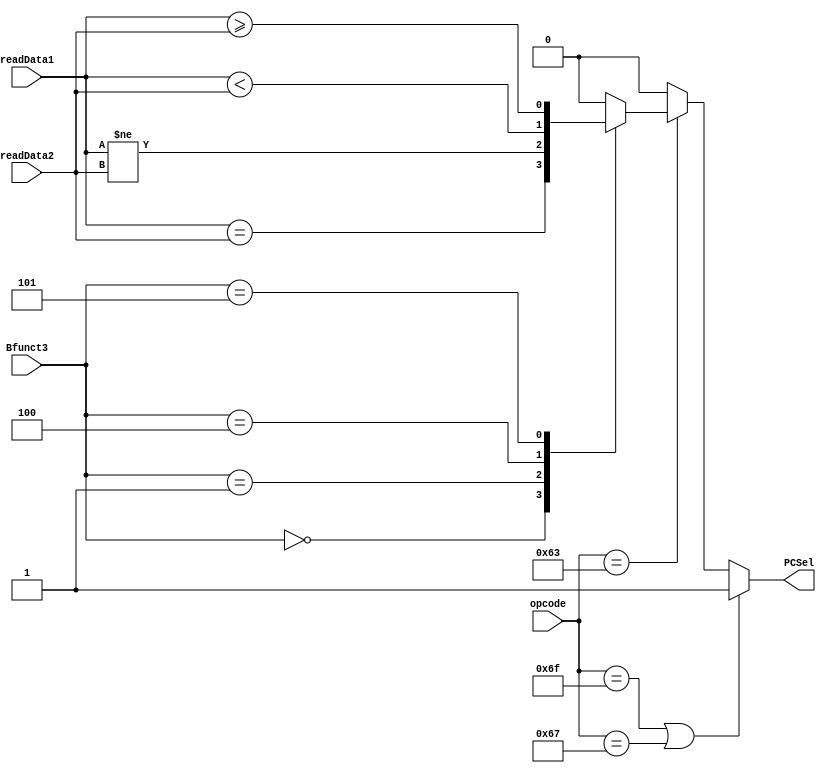
module BranchJump (
	input [6:0] opcode,
	input [2:0] Bfunct3,
	input signed [31:0] readData1,
	input signed [31:0] readData2,
	output reg PCSel
);

	always @(*) begin
		if (opcode == 7'b1101111 || // jal
			opcode == 7'b1100111)	// jalr
			PCSel = 1'b1;
		else if (opcode == 7'b1100011) // branch
			case (Bfunct3)
				3'b000: // beq
					PCSel = (readData1 == readData2);
				3'b001: // bne
					PCSel = (readData1 != readData2);
				3'b100: // blt
					PCSel = (readData1 <  readData2);
				3'b101: // bge
					PCSel = (readData1 >= readData2);
				default:
					PCSel = 1'b0;
			endcase
		else
			PCSel = 1'b0;
	end

endmodule